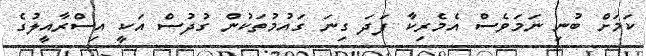
ކަމަށް ބުނި ނަމަވެސް އެމެރިކާ ފަދަ ގިނަ ގައުމުތަކުން ގުދުސް އަކީ އިސްރާއީލުގެ